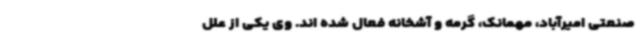
صنعتی امیرآباد، مهمانک، گرمه و آشخانه فعال شده اند. وی یکی از علل